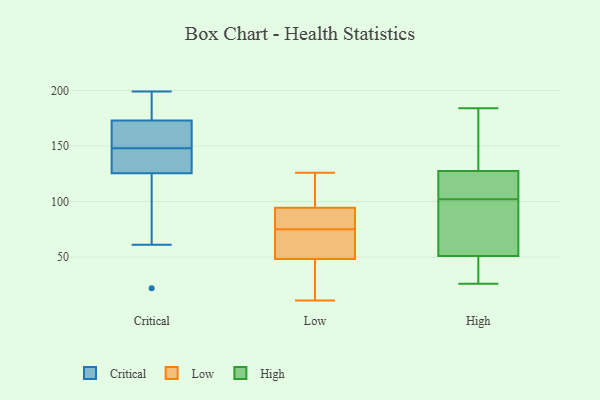
{"axis": {"x": "Website Visitors", "y": "Value"}, "legend": ["Critical", "High", "Low"], "data": [{"x": "", "y": 162, "type": "Critical"}, {"x": "", "y": 147, "type": "Critical"}, {"x": "", "y": 136, "type": "Critical"}, {"x": "", "y": 146, "type": "Critical"}, {"x": "", "y": 83, "type": "Critical"}, {"x": "", "y": 199, "type": "Critical"}, {"x": "", "y": 158, "type": "Critical"}, {"x": "", "y": 22, "type": "Critical"}, {"x": "", "y": 148, "type": "Critical"}, {"x": "", "y": 61, "type": "Critical"}, {"x": "", "y": 181, "type": "Critical"}, {"x": "", "y": 176, "type": "Critical"}, {"x": "", "y": 122, "type": "Critical"}, {"x": "", "y": 191, "type": "Critical"}, {"x": "", "y": 164, "type": "Critical"}, {"x": "", "y": 45, "type": "Low"}, {"x": "", "y": 11, "type": "Low"}, {"x": "", "y": 36, "type": "Low"}, {"x": "", "y": 126, "type": "Low"}, {"x": "", "y": 69, "type": "Low"}, {"x": "", "y": 58, "type": "Low"}, {"x": "", "y": 95, "type": "Low"}, {"x": "", "y": 93, "type": "Low"}, {"x": "", "y": 86, "type": "Low"}, {"x": "", "y": 116, "type": "Low"}, {"x": "", "y": 75, "type": "Low"}, {"x": "", "y": 30, "type": "High"}, {"x": "", "y": 75, "type": "High"}, {"x": "", "y": 72, "type": "High"}, {"x": "", "y": 184, "type": "High"}, {"x": "", "y": 29, "type": "High"}, {"x": "", "y": 114, "type": "High"}, {"x": "", "y": 90, "type": "High"}, {"x": "", "y": 118, "type": "High"}, {"x": "", "y": 147, "type": "High"}, {"x": "", "y": 26, "type": "High"}, {"x": "", "y": 133, "type": "High"}, {"x": "", "y": 122, "type": "High"}]}